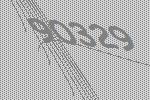
90329